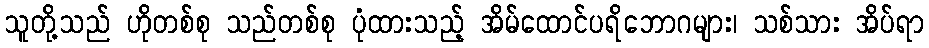
သူတို့သည် ဟိုတစ်စု သည်တစ်စု ပုံထားသည့် အိမ်ထောင်ပရိဘောဂများ၊ သစ်သား အိပ်ရာ